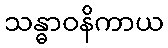
သန္ဓာဝနိကာယ